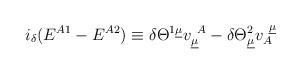
LaTeX: \begin{align*}i_\delta (E^{A1} - E^{A2})\equiv \delta {\Theta}^{1\underline{\mu}} v^{~A}_{\underline{\mu}} - \delta {\Theta}^2_{\underline{\mu}} v_{A}^{~\underline{\mu}}\end{align*}